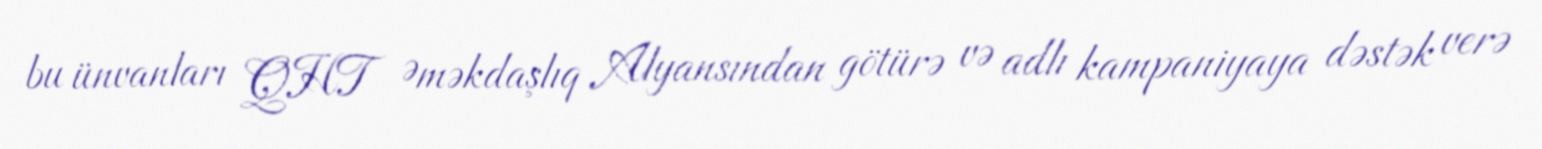
bu ünvanları QHT Əməkdaşlıq Alyansından götürə və adlı kampaniyaya dəstək verə